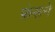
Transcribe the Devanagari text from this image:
फ़ंसने